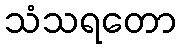
သံသရတော